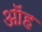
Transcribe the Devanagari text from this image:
ऑह